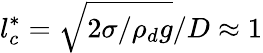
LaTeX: l_{c}^{*}=\sqrt{2{\sigma}/{{\rho}_{d}}g}/D\approx 1